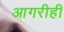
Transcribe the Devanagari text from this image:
आगरीही